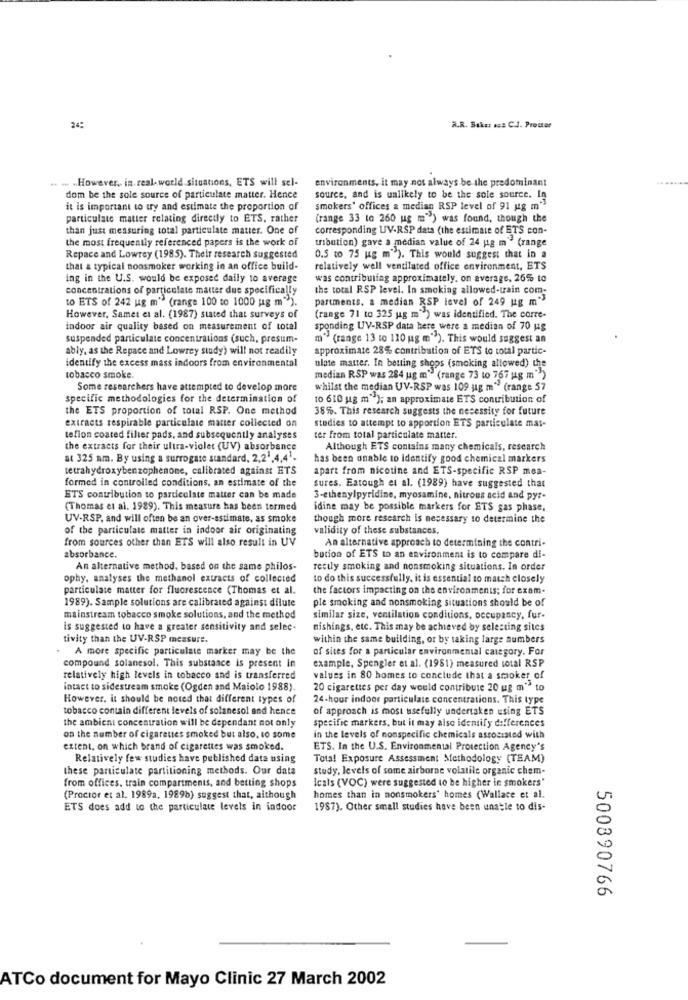
R.R. Baker acs C.J. Proctor
.. .. However, in. real-world.situations, ETS will sel-
environments, it may not always be the predominant
dom be the sole source of particulate matter. Hence
source, and is unlikely to be the sole source. In
it is important to try and estimate the proportion of
smokers' offices a median RSP level of 91 gg m"
particulate matter relating directly to ETS, rather
(range 33 to 260 ug m") was found, though the
than just measuring total particulate matter. One of
corresponding UV-RSP data (the estimate of ETS con-
the most frequently referenced papers is the work of
tribution) gave a median value of 24 ug m" (range
Repace and Lowrey (1985). Their research suggested
O.S to 75 ug m"). This would suggest that in a
that a typical nonsmoker working in an office build-
relatively well ventilated office environment, ETS
ing in the U.S. would be exposed daily to average
was contributing approximately. on average. 26% to
concentrations of particulate matter due specifically
the total RSP level. In smoking allowed-train com-
to ETS of 242 ug m" (range 100 to 1000 ug m ").
partments. a median RSP level of 249 ug m-3
However, Samet et al. (1987) stated that surveys of
(range 71 to 325 ug m" ) was identified. The corre-
indoor air quality based on measurement of total
sponding UV-RSP data here were a median of 70 ug
suspended particulate concentrations (such, presum-
m" (range 13 to 110 ug m"). This would suggest an
ably, as the Repace and Lowrey study) will not readily
approximate 28% contribution of ETS to total partic-
identify the excess mass indoors from environmental
ulate matter. In betting shops (smoking allowed) the
tobacco smoke.
median RSP was 284 ug m" (range 73 to 767 ug m" )
Some researchers have attempted to develop more
whilst the median UV-RSP was 109 ug m" (range 57
specific methodologies for the determination of
10 610 ug m"); an approximate ETS contribution of
the ETS proportion of total RSP. One method
38%. This research suggests the necessity for future
extracts respirable particulate matter collected on
studies to attempt to apportion ETS particulate mas-
tefion coated filler pads, and subsequently analyses
ter from total particulate matter.
the extracts for their ultra-violet (UV) absorbance
Although ETS contains many chemicals, research
at 325 mm. By using a surrogate standard, 2,2',4,4'.
has been unable to identify good chemical markers
tetrahydroxybenzophenone, calibrated against ETS
apart from nicotine and ETS-specific RSP moa-
formed in controlled conditions, an estimate of the
sures. Eatough et al. (1989) have suggested that
ETS contribution to particulate matter can be made
3-ethenylpyridine, myosamine, nitrous acid and pyr-
(Thomas et al. 1989). This measure has been termed
idine may be possible markers for ETS gas phase,
UV-RSP, and will often be an over-estimate, as smoke
though more research is necessary to determine the
of the particulate matter in indoor air originating
validity of these substances.
from sources other than ETS will also result in UV
An alternative approach to determining the contri-
absorbance.
bution of ETS to an environment is to compare di-
An alternative method. based on the same philos-
rectly smoking and nonsmoking situations. In order
ophy, analyses the methanol extracts of collected
to do this successfully, it is essential to match closely
particulate matter for fluorescence (Thomas et al.
the factors impacting on the environments; for exam-
1989). Sample solutions are calibrated against dilute
ple smoking and nonsmoking situations should be of
mainstream tobacco smoke solutions, and the method
similar size, ventilation conditions, occupancy, fur-
is suggested to have a greater sensitivity and selec-
nishings, etc. This may be achieved by selecting sites
tivity than the UV-RSP measure.
within the same building, or by taking large numbers
A more specific particulate marker may be the
of sites for a particular environmental category. For
compound solanesol. This substance is present in
example, Spengler et al. (1981) measured total RSP
relatively high levels in tobacco and is transferred
values in 80 homes to conclude that a smoker of
intact to sidestream smoke (Ogden and Maiolo 1988).
20 cigarettes per day would contribute 20 ug m"> to
However, it should be noted that different types of
24-hour indoor particulate concentrations. This type
tobacco contain different levels of solanesol and hence
of approach is most usefully undertaken using ETS
the ambient concentration will be dependant not only
specific markers, but it may also identify differences
on the number of cigarettes smoked but also, so some
in the levels of nonspecific chemicals associated with
extent, on which brand of cigarettes was smoked.
ETS. In the U.S. Environmental Protection Agency's
Relatively few studies have published data using
Total Exposure Assessment Methodology (TEAM)
these particulate partitioning methods. Our data
study, levels of some airborne volatile organic chem-
from offices, train compartments, and betting shops
Icals (VOC) were suggested to be higher in smokers'
(Proctor et al. 1989a, 1989b) suggest that, although
homes than in nonsmokers' homes (Wallace et al.
ETS does add to the particulate levels in indoor
1987). Other small studies have been unable to dis-
500890766
ATCo document for Mayo Clinic 27 March 2002